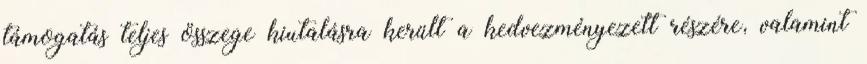
támogatás teljes összege kiutalásra került a kedvezményezett részére, valamint